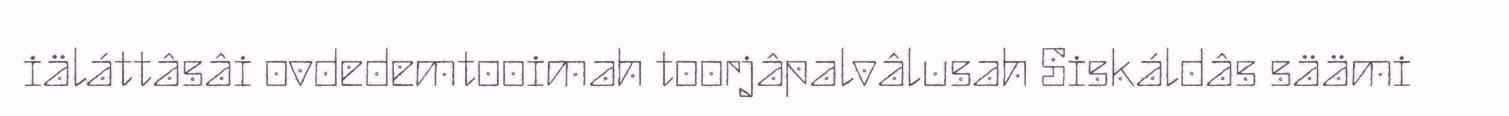
iäláttâsâi ovdedemtooimah toorjâpalvâlusah Siskáldâs säämi